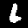
Digit: 6